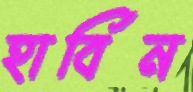
হার্বিন